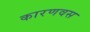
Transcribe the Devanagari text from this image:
कारणवस